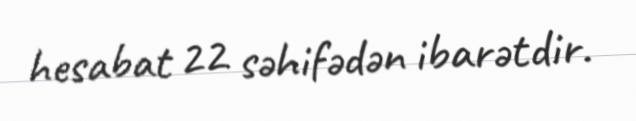
hesabat 22 səhifədən ibarətdir.